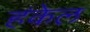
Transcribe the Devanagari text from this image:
हंकेल